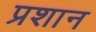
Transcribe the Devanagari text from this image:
प्रशान